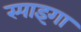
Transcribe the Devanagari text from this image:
स्पाइगा